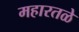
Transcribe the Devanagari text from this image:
महारतळे